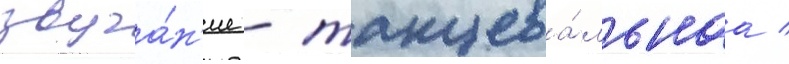
звуча́н'ие - танцева́льнаа /